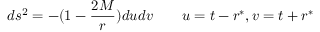
d s ^ { 2 } = - ( 1 - { \frac { 2 M } { r } } ) d u d v \qquad u = t - r ^ { * } , v = t + r ^ { * }